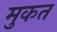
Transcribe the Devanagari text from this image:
मुकत